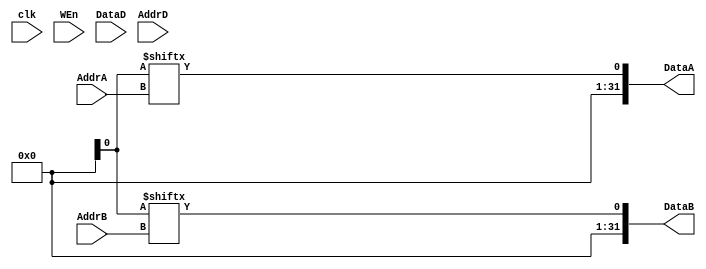
module Reg(clk, WEn, DataD, AddrD, AddrA, AddrB, DataA, DataB);

input WEn, clk;
input [0:31] DataD;
input [0:4] AddrA, AddrB, AddrD;
output [0:31] DataA, DataB;

reg [0:31] mem_block [0:31];

assign DataA = Reg[AddrA];
assign DataB = Reg[AddrB];

always @(posedge clk) begin
	if (WEn) mem_block[AddrD] <= DataD;
end

endmodule